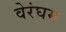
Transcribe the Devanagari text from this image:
वेरंघम